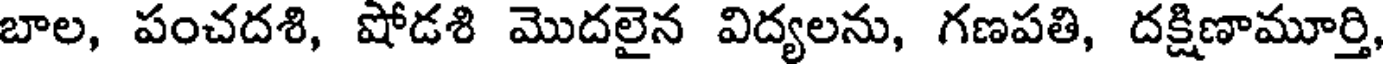
బాల, పంచదశి, షోడశి మొదలైన విద్యలను, గణపతి, దక్షిణామూర్తి,